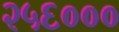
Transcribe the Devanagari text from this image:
२५६०००